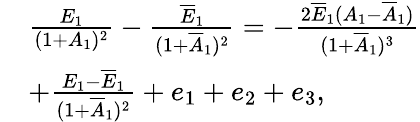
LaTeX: \begin{array}{rl}&{\frac{E_{1}}{(1+A_{1})^{2}}-\frac{\overline{{E}}_{1}}{(1+\overline{{A}}_{1})^{2}}=-\frac{2\overline{{E}}_{1}(A_{1}-\overline{{A}}_{1})}{(1+\overline{{A}}_{1})^{3}}}\\ &{+\frac{E_{1}-\overline{{E}}_{1}}{(1+\overline{{A}}_{1})^{2}}+e_{1}+e_{2}+e_{3},}\end{array}